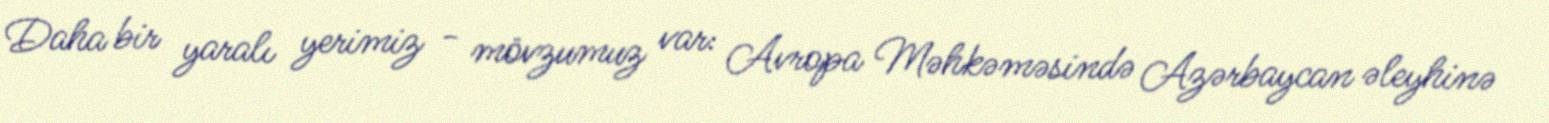
Daha bir yaralı yerimiz - mövzumuz var: Avropa Məhkəməsində Azərbaycan əleyhinə